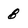
Character: 8